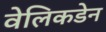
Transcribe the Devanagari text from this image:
वेलिकडेन